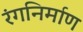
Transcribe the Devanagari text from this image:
रंगनिर्माण